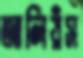
আলিয়ঁস